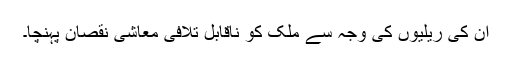
ان کی ریلیوں کی وجہ سے ملک کو ناقابل تلافی معاشی نقصان پہنچا۔